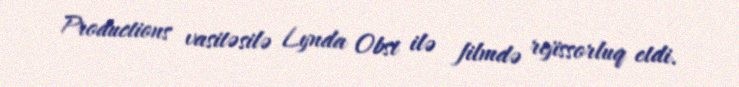
Productions vasitəsilə Lynda Obst ilə filmdə rejissorluq etdi.